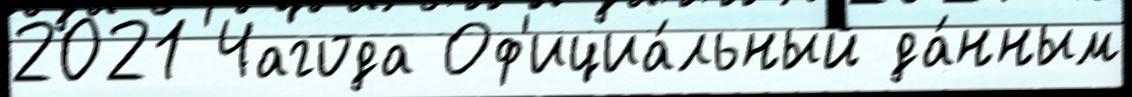
2021 Чагода Оф'ициа́льный да́нным